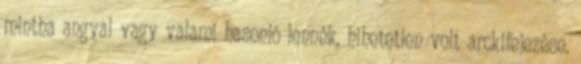
mintha angyal vagy valami hasonló lennék, hihetetlen volt arckifejezése.